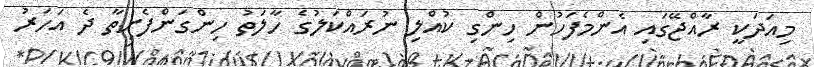
މިއަދަކީ ރާއްޖޭގައި އެންމެފަހުން ހިންގި ކުއްލި ނުރައްކަލުގެ ހާލަތު ހިންގަންފެށިތާ ދެ އަހަރު